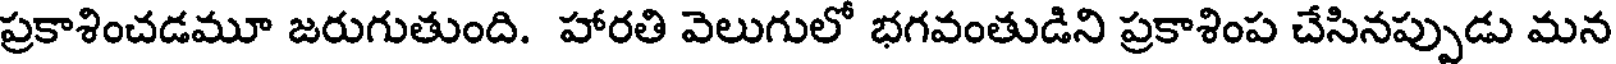
ప్రకాశించడమూ జరుగుతుంది. హారతి వెలుగులో భగవంతుడిని ప్రకాశింప చేసినప్పుడు మన